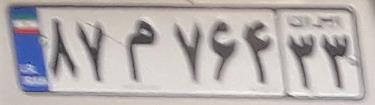
۸۷م۷۶۴۳۳